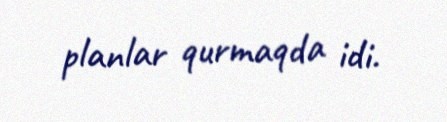
planlar qurmaqda idi.